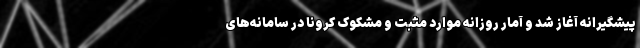
پیشگیرانه آغاز شد و آمار روزانه موارد مثبت و مشکوک کرونا در سامانه‌های